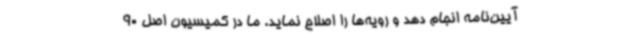
آیین‌نامه انجام دهد و رویه‌ها را اصلاح نماید. ما در کمیسیون اصل 90